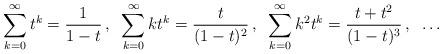
LaTeX: \begin{align*}\sum_{k=0}^\infty t^k = \frac{1}{1-t}\,,\;\;\sum_{k=0}^\infty kt^k = \frac{t}{(1-t)^2}\,, \;\;\sum_{k=0}^\infty k^2 t^k = \frac{t+t^2}{(1-t)^3}\, , \;\;\ldots\end{align*}